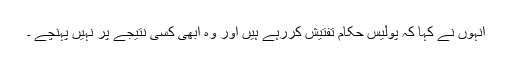
انہوں نے کہا کہ پولیس حکام تفتیش کررہے ہیں اور وہ ابھی کسی نتیجے پر نہیں پہنچے ۔